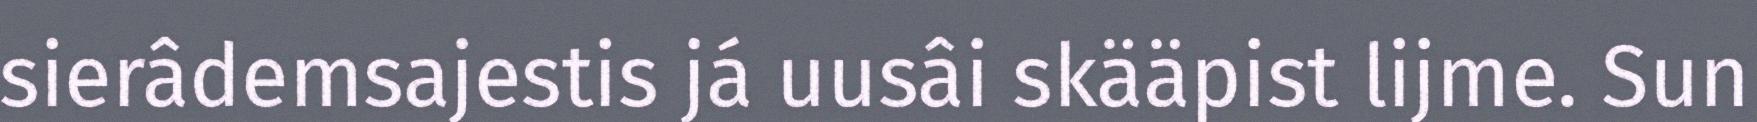
sierâdemsajestis já uusâi skääpist lijme. Sun